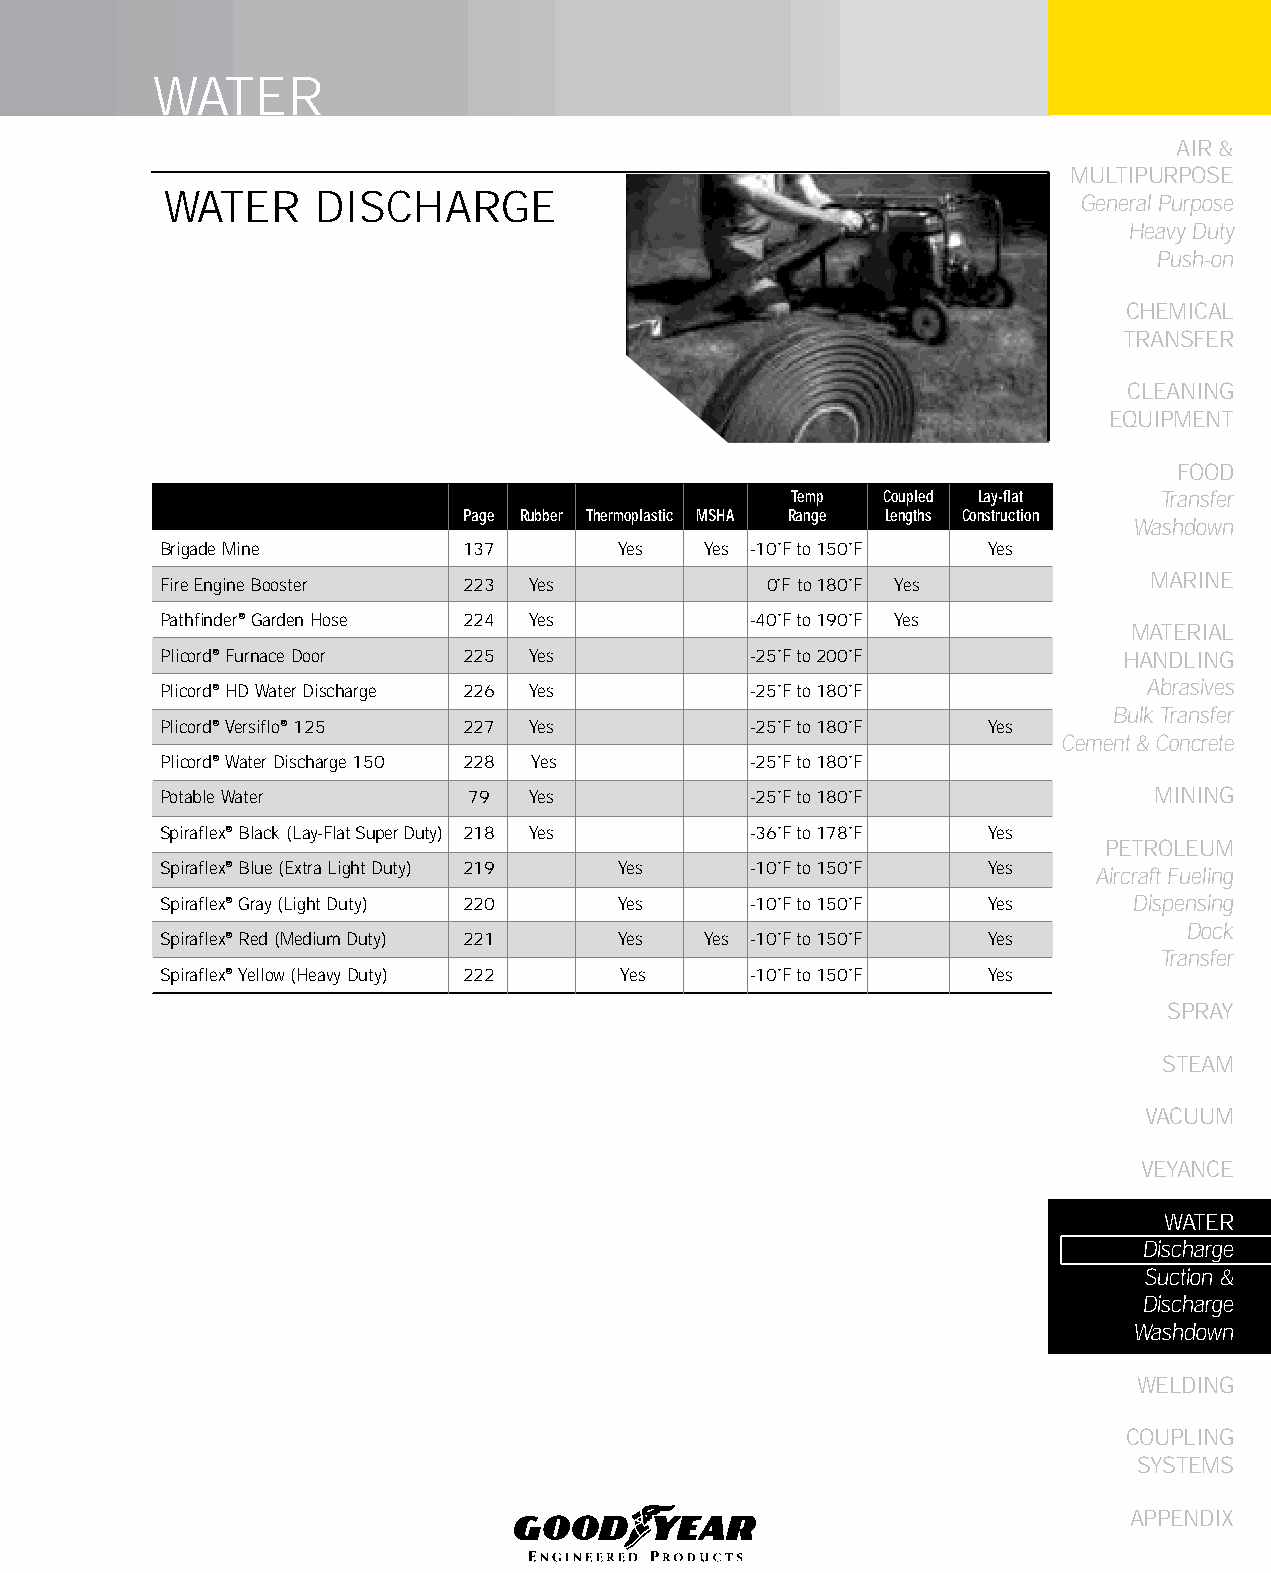
WATER
 AIR &
 MULTIPURPOSE
 WATER     DISCHARGE                                          General Purpose
 Heavy Duty
 Push-on
 CHEMICAL
 TRANSFER
 CLEANING
 EqUIPMENT
 FOOD
 Temp   Coupled Lay-flat  Transfer
 Page Rubber Thermoplastic MSHA Range Lengths Construction
 Washdown
 Brigade Mine        137       Yes   Yes -10˚F to 150˚F Yes
 MARINE
 Fire Engine Booster 223 Yes             0˚F to 180˚F Yes
 Pathfinder® Garden Hose 224 Yes        -40˚F to 190˚F Yes
 MATERIAL
 Plicord® Furnace Door 225 Yes          -25˚F to 200˚F          HANDLING
 Plicord® HD Water Discharge 226 Yes    -25˚F to 180˚F            Abrasives
 Bulk Transfer
 Plicord® Versiflo® 125 227 Yes         -25˚F to 180˚F Yes
 Cement & Concrete
 Plicord® Water Discharge 150 228 Yes   -25˚F to 180˚F
 Potable Water       79  Yes            -25˚F to 180˚F            MINING
 Spiraflex® Black (Lay-Flat Super Duty) 218 Yes -36˚F to 178˚F Yes
 PETROLEUM
 Spiraflex® Blue (Extra Light Duty) 219 Yes -10˚F to 150˚F Yes Aircraft Fueling
 Spiraflex® Gray (Light Duty) 220 Yes   -10˚F to 150˚F  Yes      Dispensing
 Dock
 Spiraflex® Red (Medium Duty) 221 Yes Yes -10˚F to 150˚F Yes
 Transfer
 Spiraflex® Yellow (Heavy Duty) 222 Yes -10˚F to 150˚F  Yes
 SPRAY
 STEAM
 VACUUM
 VEYANCE
 WATER
 Discharge
 Suction &
 Discharge
 Washdown
 WELDING
 COUPLING
 SYSTEMS
 APPENDIX
 217